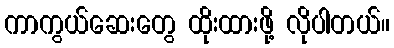
ကာကွယ်ဆေးတွေ ထိုးထားဖို့ လိုပါတယ်။